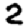
Digit: 2